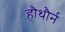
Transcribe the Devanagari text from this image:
हौथौर्न